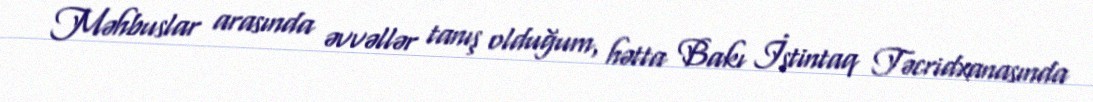
Məhbuslar arasında əvvəllər tanış olduğum, hətta Bakı İstintaq Təcridxanasında